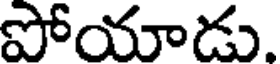
పోయాడు.